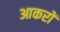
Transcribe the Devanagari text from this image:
आकरों